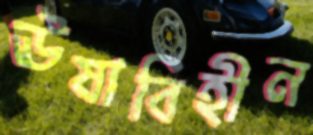
ঊষাবিহীন